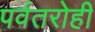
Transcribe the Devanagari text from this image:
पर्वतरोही